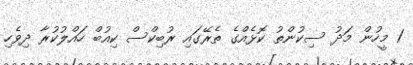
1 މީހުން މަދު ސިކުންތު ކޮޅެއްގެ ތެރޭގައި ރުބިކްސް ކިއުބް ހައްލުކުރާ ދިވެހި